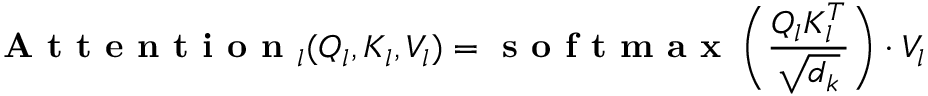
\textbf { A t t e n t i o n } _ { l } ( Q _ { l } , K _ { l } , V _ { l } ) = \textbf { s o f t m a x } \left( \frac { Q _ { l } K _ { l } ^ { T } } { \sqrt { d _ { k } } } \right) \cdot V _ { l }